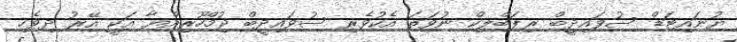
ޔުނައިޓަޑް ސުވައިދީބް ރިޕަބްލިކް ނުވަތަ އެކުވެރި ސުވައިދީބް ޖުމްހޫރިއްޔާ އަކީ އޭރު ދިވެހި